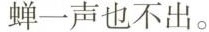
蝉一声也不出。